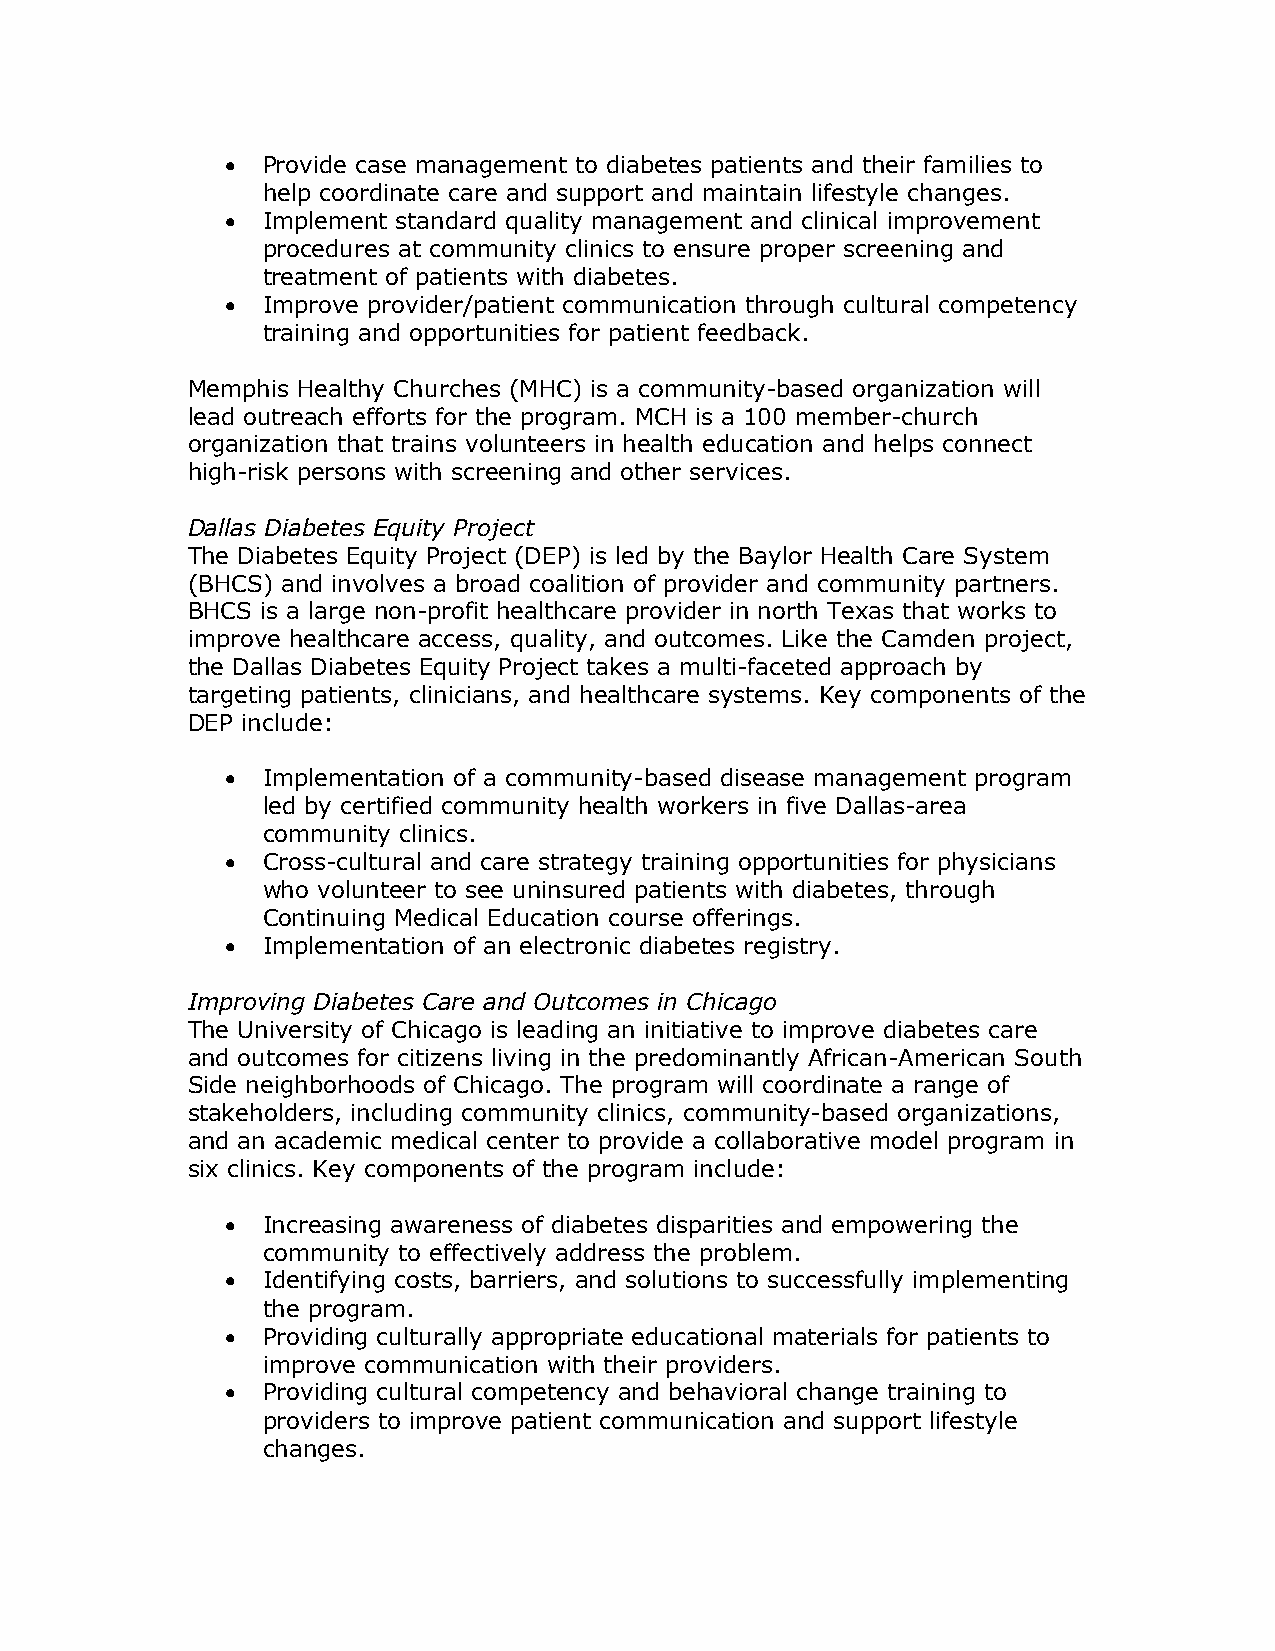
• Provide case management to diabetes patients and their families to
 help coordinate care and support and maintain lifestyle changes.
 • Implement standard quality management and clinical improvement
 procedures at community clinics to ensure proper screening and
 treatment of patients with diabetes.
 • Improve provider/patient communication through cultural competency
 training and opportunities for patient feedback.
 Memphis Healthy Churches (MHC) is a community-based organization will
 lead outreach efforts for the program. MCH is a 100 member-church
 organization that trains volunteers in health education and helps connect
 high-risk persons with screening and other services.
 Dallas Diabetes Equity Project
 The Diabetes Equity Project (DEP) is led by the Baylor Health Care System
 (BHCS) and involves a broad coalition of provider and community partners.
 BHCS is a large non-profit healthcare provider in north Texas that works to
 improve healthcare access, quality, and outcomes. Like the Camden project,
 the Dallas Diabetes Equity Project takes a multi-faceted approach by
 targeting patients, clinicians, and healthcare systems. Key components of the
 DEP include:
 • Implementation of a community-based disease management program
 led by certified community health workers in five Dallas-area
 community clinics.
 • Cross-cultural and care strategy training opportunities for physicians
 who volunteer to see uninsured patients with diabetes, through
 Continuing Medical Education course offerings.
 • Implementation of an electronic diabetes registry.
 Improving Diabetes Care and Outcomes in Chicago
 The University of Chicago is leading an initiative to improve diabetes care
 and outcomes for citizens living in the predominantly African-American South
 Side neighborhoods of Chicago. The program will coordinate a range of
 stakeholders, including community clinics, community-based organizations,
 and an academic medical center to provide a collaborative model program in
 six clinics. Key components of the program include:
 • Increasing awareness of diabetes disparities and empowering the
 community to effectively address the problem.
 • Identifying costs, barriers, and solutions to successfully implementing
 the program.
 • Providing culturally appropriate educational materials for patients to
 improve communication with their providers.
 • Providing cultural competency and behavioral change training to
 providers to improve patient communication and support lifestyle
 changes.